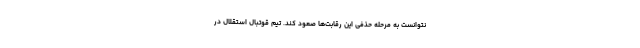
نتوانست به مرحله حذفی این رقابت‌ها صعود کند. تیم قوتبال استقلال در